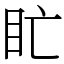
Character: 盳